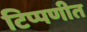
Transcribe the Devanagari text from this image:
टिप्पणीत